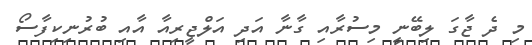
މި ދެ ޖާގަ ލިބޭނީ މިސުރާއި ގާނާ އަދި އަލްޖީރިއާ އާއި ބުރުނިކިފާސޯ